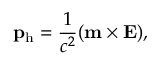
\mathbf p _ { \mathrm { h } } = \frac { 1 } { c ^ { 2 } } ( \mathbf m \times \mathbf E ) ,